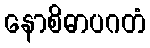
နောစိဓာပဂတံ